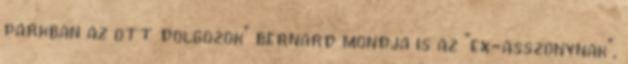
parkban az ott dolgozok” bernard mondja is az “ex-asszonynak”,